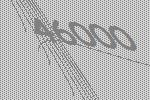
46000